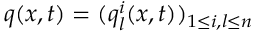
q ( x , t ) = ( q _ { l } ^ { i } ( x , t ) ) _ { 1 \leq i , l \leq n }